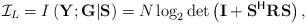
LaTeX: \begin{align*}{\mathcal{I}}_{L}=I\left({\textbf{Y}}_{};{\textbf{G}}|{\textbf{S}}\right)=N\log_2\det\left({\textbf{I}}+{\textbf{S}}^{\mathsf{H}}{\textbf{R}}_{}{\textbf{S}}\right),\end{align*}